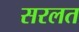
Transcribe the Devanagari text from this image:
सरलत